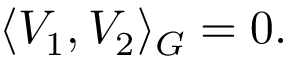
\langle V _ { 1 } , V _ { 2 } \rangle _ { G } = 0 .